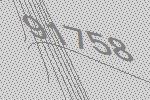
91758